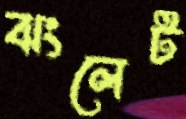
ঝংলেট